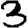
Digit: 3